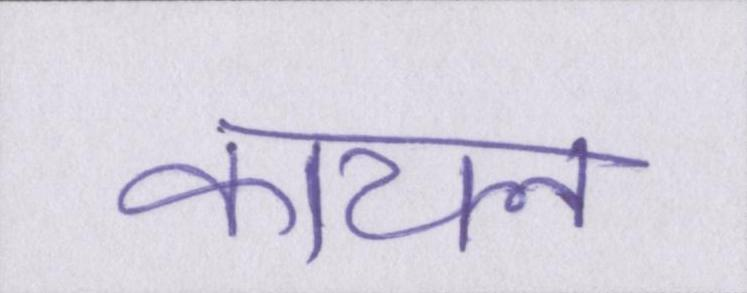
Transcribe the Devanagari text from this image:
कायल